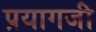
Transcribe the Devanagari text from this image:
प्रयागजी